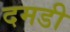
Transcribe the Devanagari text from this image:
दमडी